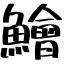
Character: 鱠